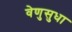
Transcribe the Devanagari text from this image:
वेणुसुधा